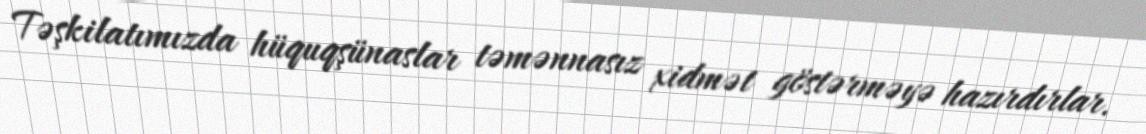
Təşkilatımızda hüquqşünaslar təmənnasız xidmət göstərməyə hazırdırlar.